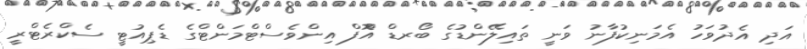
އަދި އެދުވަހު އެމަނިކުފާނު ވަނީ ތައިލޭންޑުގެ ބޯރޑް އޮްފް އިންވެސްޓްމަންޓްގެ ޑެޕިއުޓީ ސެކްރެޓްރީ